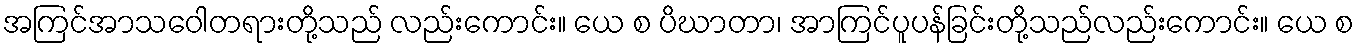
အကြင်အာသဝေါတရားတို့သည် လည်းကောင်း။ ယေ စ ပိဃာတာ၊ အာကြင်ပူပန်ခြင်းတို့သည်လည်းကောင်း။ ယေ စ